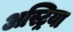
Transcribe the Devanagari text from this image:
अस्ट्रिया